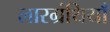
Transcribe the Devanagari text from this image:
लारग्रंथियाँ